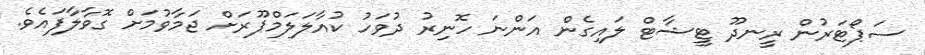
ސަޕޯޓަރުން ރީނދޫ ޓީޝާޓް ލައިގެން އަންނަ ހޮނިރު ދުވަހު ކުއާލަލަމްޕޫރަށް ޖަމާވުމަށް ގޮވާލާފައެވެ.